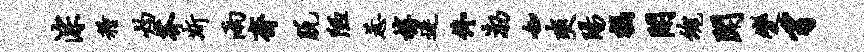
淙粮灼芥斯雨斋脱陋惹椁迷佟渤如爽阳祸开魂闻变豸